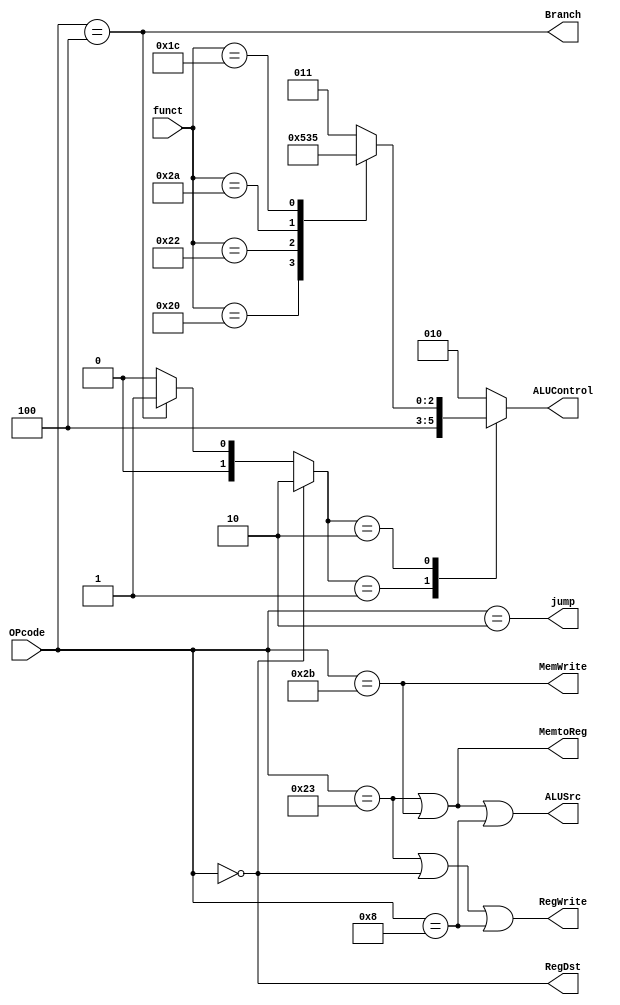
`timescale 1ns / 1ps
//////////////////////////////////////////////////////////////////////////////////
// Company: 
// Engineer: 
// 
// Design Name: 
// Module Name: Control_Unit
// Project Name: 
// Target Devices: 
// Tool Versions: 
// Description: 
// 
// Dependencies: 
// 
// Revision:
// Revision 0.01 - File Created
// Additional Comments:
// 
//////////////////////////////////////////////////////////////////////////////////


module Control_Unit(
    input [5:0] OPcode,
    input [5:0] funct,
    output jump,
    output MemtoReg,
    output MemWrite,
    output Branch,
    output ALUSrc,
    output RegDst,
    output RegWrite,
    output [2:0] ALUControl
    );
    wire [1:0] ALUOp;
    reg [2:0] Aluc;
    assign jump = OPcode==6'b000010;
    assign MemWrite = OPcode==6'b101011;
    assign RegWrite = (OPcode==6'b100011 || OPcode==6'b000000 || OPcode==6'b001000);
    assign RegDst = OPcode==6'b000000;
    assign ALUSrc = (OPcode==6'b100011 || OPcode==6'b101011 || OPcode==6'b001000);
    assign MemtoReg = (OPcode==6'b100011 || OPcode==6'b101011);
    assign Branch = OPcode==6'b000100;
    assign ALUOp = OPcode==6'b000000 ? 2'b10 : OPcode==6'b000100 ? 2'b01 : 2'b00;
    always @(*) begin
        case(ALUOp)
            2'b00: Aluc = 3'b010;
            2'b01: Aluc = 3'b100;
            2'b10: begin
                    case(funct)
                        6'b100000: Aluc = 3'b010;
                        6'b100010: Aluc = 3'b100;
                        6'b101010: Aluc = 3'b110;
                        6'b011100: Aluc = 3'b101;
                        default: Aluc = 3'b011;
                    endcase
                end
            default: Aluc = 3'b010;
        endcase
    end
    assign ALUControl = Aluc;
endmodule